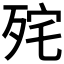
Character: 𭮏